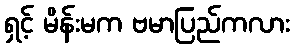
ရှင့် မိန်းမက ဗမာပြည်ကလား